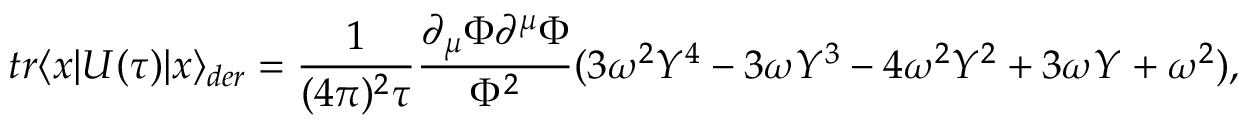
t r \langle x | U ( \tau ) | x \rangle _ { d e r } = \frac { 1 } { ( 4 \pi ) ^ { 2 } \tau } \frac { \partial _ { \mu } \Phi \partial ^ { \mu } \Phi } { \Phi ^ { 2 } } ( 3 \omega ^ { 2 } Y ^ { 4 } - 3 \omega Y ^ { 3 } - 4 \omega ^ { 2 } Y ^ { 2 } + 3 \omega Y + \omega ^ { 2 } ) ,